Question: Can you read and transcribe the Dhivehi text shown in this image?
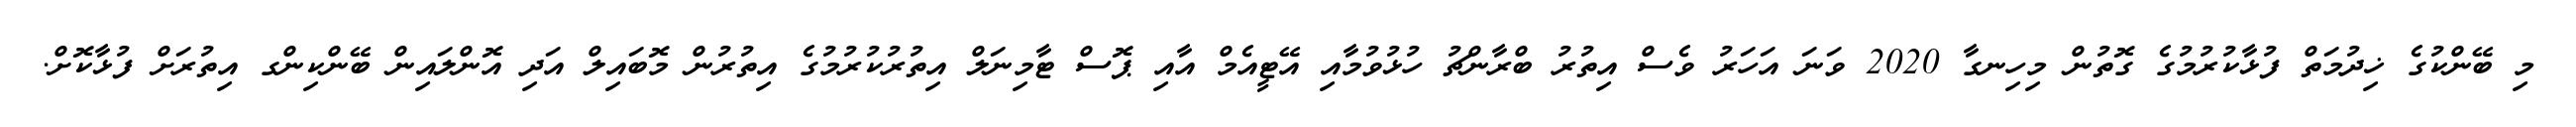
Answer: މި ބޭންކުގެ ޚިދުމަތް ފުޅާކުރުމުގެ ގޮތުން މިހިނގާ 2020 ވަނަ އަހަރު ވެސް އިތުރު ބްރާންޗު ހުޅުވުމާއި އޭޓީއެމް އާއި ޕޮސް ޓާމިނަލް އިތުރުކުރުމުގެ އިތުރުން މޮބައިލް އަދި އޮންލައިން ބޭންކިންގ އިތުރަށް ފުޅާކޮށް.